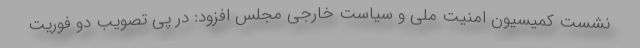
نشست کمیسیون امنیت ملی و سیاست خارجی مجلس افزود: در پی تصویب دو فوریت